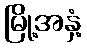
မြို့အနှံ့